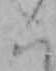
く